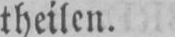
theilen.